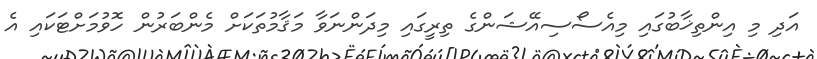
އަދި މި އިންތިޚާބުގައި މިއެސޯސިއޭޝަންގެ ތިރީގައި މިދަންނަވާ މަޤާމުތަކަށް މެންބަރުން ހޮވުމަށްޓަކައި އެ